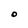
Character: O